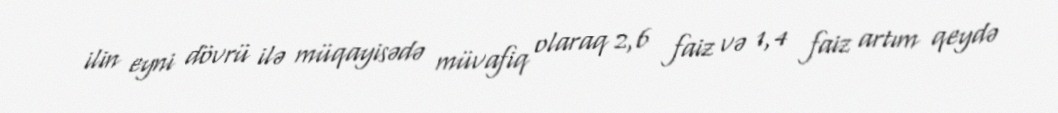
ilin eyni dövrü ilə müqayisədə müvafiq olaraq 2,6 faiz və 1,4 faiz artım qeydə